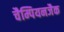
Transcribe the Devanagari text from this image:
चैम्पियनजैक